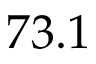
7 3 . 1